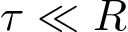
\tau \ll R